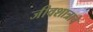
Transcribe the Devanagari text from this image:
जीवशात्राचे